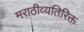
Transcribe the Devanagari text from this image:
मराठीव्यतिरिक्त